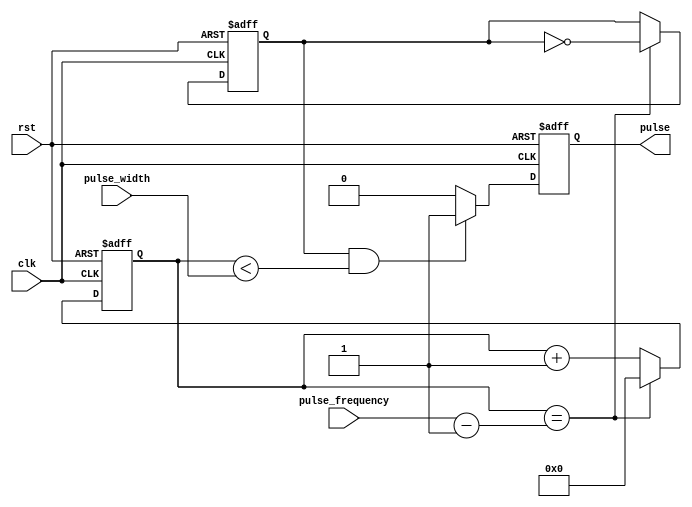
module SimplePulseGenerator(
    input wire clk,
    input wire rst,
    input wire [31:0] pulse_width,
    input wire [31:0] pulse_frequency,
    output reg pulse
);

reg [31:0] counter;
reg pulse_high;

always @(posedge clk or posedge rst) begin
    if (rst == 1'b1) begin
        counter <= 32'd0;
        pulse_high <= 1'b0;
        pulse <= 1'b0;
    end else begin
        if (counter == pulse_frequency - 1) begin
            counter <= 32'd0;
            pulse_high <= ~pulse_high;
        end else begin
            counter <= counter + 1;
        end
        if (pulse_high == 1'b1 && counter < pulse_width) begin
            pulse <= 1'b1;
        end else begin
            pulse <= 1'b0;
        end
    end
end

endmodule